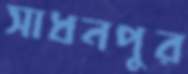
সাধনপুর